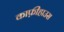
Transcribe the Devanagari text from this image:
काफ़ीहाउस